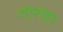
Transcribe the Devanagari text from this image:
गोरांडा